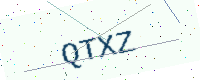
Text: QTXZ